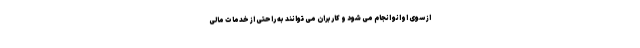
از سوی اوانو انجام می شود و کاربران می توانند به راحتی از خدمات مالی